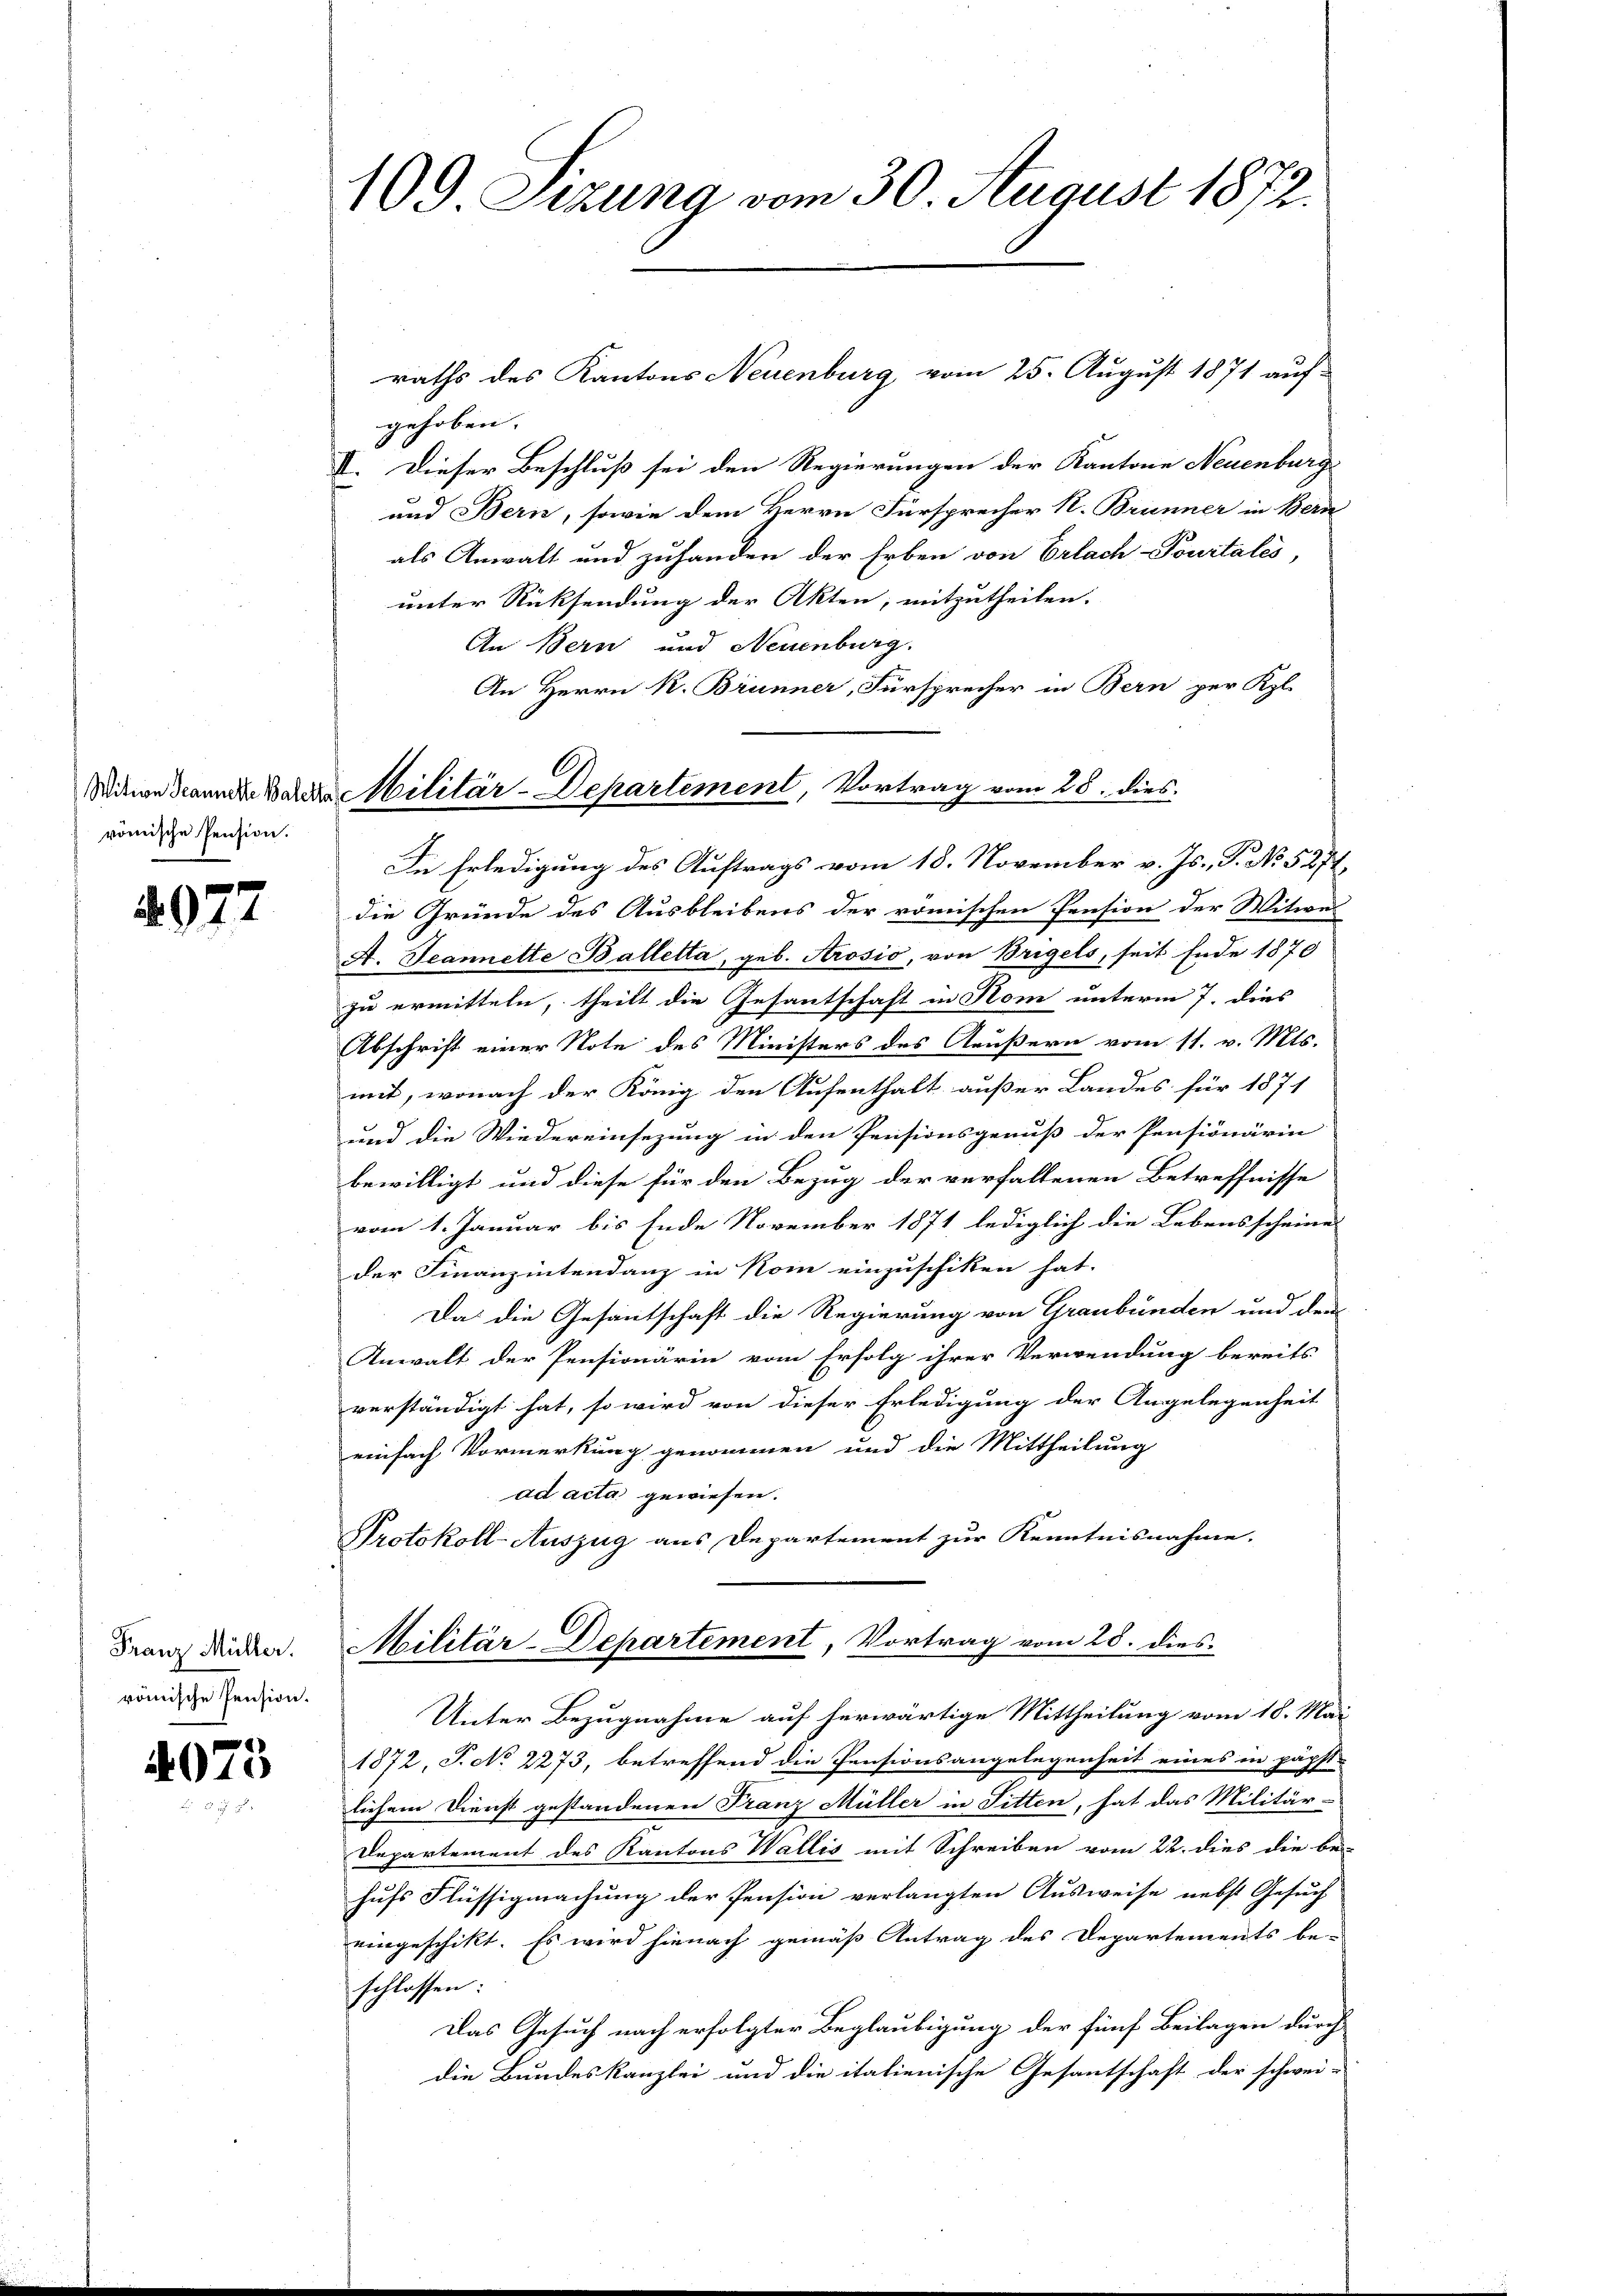
römische Pension.

4972

Franz Müller.
romische Pension.

4073

109 Sizung vom 30. August 1872

Minen dann das Militär-Departement, Vortrag vom 28. dies

raths des Kantons Neuenburg vom 25. August 1871 auf-
gehoben.
I. Dieser Beschluß sei den Regierungen der Kantone Neuenburg
und Bern, sowie dem Herrn Fürsprecher N. Brunner in Bern
als Anwalt und zuhanden der Erben von Erlach Pourtales,
unter Rücksendung der Akten, mitzutheilen.
An Bern und Neuenburg.
An Herrn R. Brünner, Fürsprecher in Bern per Kl.
Die Erledigung des Auftrags vom 18. November v. Js., P. No. 5271,
die Gründe des Ausbleibens der römischen Pension der Witwe
A. Jeannette Balletta, geb. Arosio, von Bregels, seit Ende 1870
zu ermitteln, theilt die Gesantschaft in Rom unterm 7. dies
Abschrift einer Note des Ministers des Aeußern vom 11. v. Mts.
mit, wonach der König den Aufenthalt außer Landes für 1871
und die Wiedereinsezung in den Pensionsgenuß der Pensionärin
bewilligt und diese für den Bezug der verfallenen Betreffnisse
vom 1. Januar bis Ende November 1871 lediglich die Lebensscheine
der Finanzintendanz in Kom einzuschiken hat.
Da die Gesantschaft die Regierung von Graubünden und dem
Anwalt der Pensionärin vom Erfolg ihrer Verwendung bereits
verständigt hat, so wird von dieser Erledigung der Angelegenheit
einfach Vormerkung genommen und die Mittheilung
ad acta gewiesen.
Protokoll-Auszug aus Departement zur Kenntnisnahme.
Militär-Departement, Vortrag vom 28. dies
Unter Bezugnahme auf herwärtige Mittheilung vom 18. Mai
1872, S. No 2273, betreffend die Pensionsangelegenheit eines in päpst-
lichem Dienst gestandenen Franz Müller in Fitten, hat das Militär-
Departement des Kantons Wallis mit Schreiben vom 22. dies die be-
hufs Flüssigmachung der Pension verlangten Ausweise nebst Gesuch
eingeschikt. Es wird hienach gemäß Antrag des Departements be-
schlossen:
Das Gesuch nach erfolgter Beglaubigung der fünf Beilagen durch
die Bundeskanzlei und die italienische Gesantschaft der schwei-